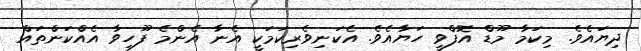
ދިޔައެވެ. މިކަމާ މޫޑް އޮފްވީ ހަޔާއެވެ. އެކަނިވެރިކަމަކީ އެނާ އެންމެ ފޫހިވާ އެއްކަންތައް